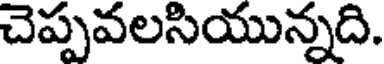
చెప్పవలసియున్నది.